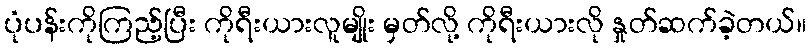
ပုံပန်းကိုကြည့်ပြီး ကိုရီးယားလူမျိုး မှတ်လို့ ကိုရီးယားလို နှုတ်ဆက်ခဲ့တယ်။